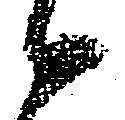
候